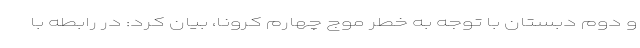
و دوم دبستان با توجه به خطر موج چهارم کرونا، بیان کرد: در رابطه با